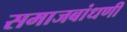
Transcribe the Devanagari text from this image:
समाजबांधणी